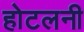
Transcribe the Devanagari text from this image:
होटलनी